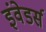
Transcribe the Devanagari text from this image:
इंवेडर्स